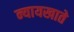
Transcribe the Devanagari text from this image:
न्यायखाते